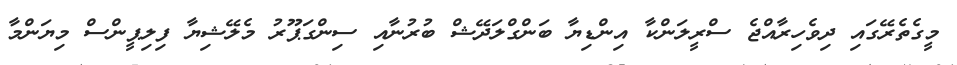
މީގެތެރޭގައި ދިވެހިރާއްޖެ ސްރީލަންކާ އިންޑިޔާ ބަންގްލަދޭޝް ބުރުނާއި ސިންގަޕޫރު މެލޭޝިޔާ ފިލިޕީންސް މިޔަންމާ